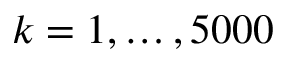
k = 1 , \ldots , 5 0 0 0